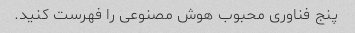
پنج فناوری محبوب هوش مصنوعی را فهرست کنید.